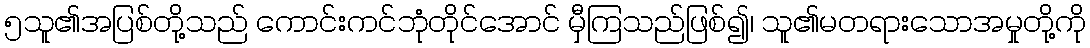
၅သူ၏အပြစ်တို့သည် ကောင်းကင်ဘုံတိုင်အောင် မှီကြသည်ဖြစ်၍၊ သူ၏မတရားသောအမှုတို့ကို